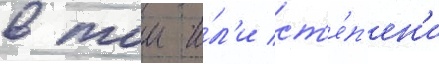
в тои и́л'и ст'е́п'ен'и